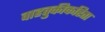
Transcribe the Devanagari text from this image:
वाहतुकीकरिता